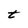
Character: t